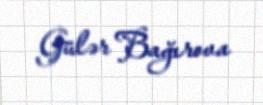
Gülər Bağırova